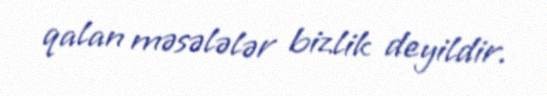
qalan məsələlər bizlik deyildir.